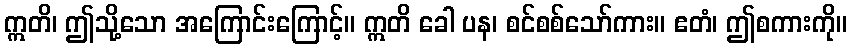
ဣတိ၊ ဤသို့သော အကြောင်းကြောင့်။ ဣတိ ခေါ ပန၊ စင်စစ်သော်ကား။ ဧတံ၊ ဤစကားကို။